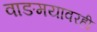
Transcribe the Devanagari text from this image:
वाङमयावरही